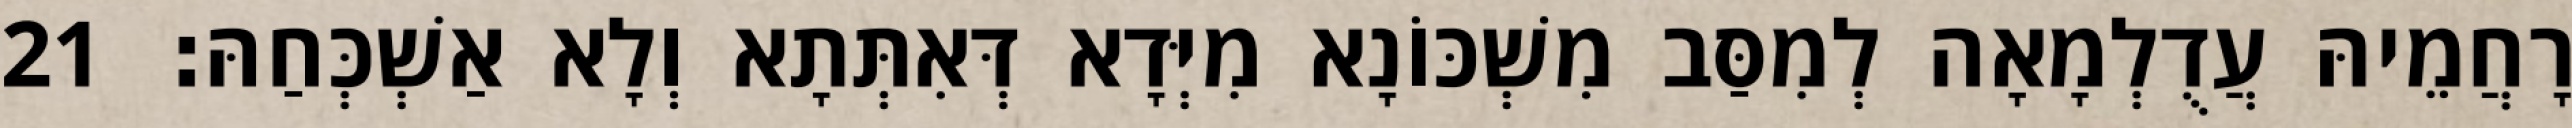
רָחֲמֵיהּ עֲדֻלְמָאָה לְמִסַּב מִשְׁכּוֹנָא מִיְּדָא דְּאִתְּתָא וְלָא אַשְׁכְּחַהּ׃ 21